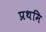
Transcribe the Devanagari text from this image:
प्रथमि